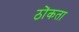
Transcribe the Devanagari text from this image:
ठोंकता